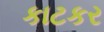
કાટકર